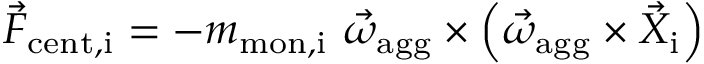
\vec { F } _ { \mathrm { c e n t , i } } = - m _ { \mathrm { m o n , i } } \ \vec { \omega } _ { \mathrm { a g g } } \times \left( \vec { \omega } _ { \mathrm { a g g } } \times \vec { X } _ { \mathrm { i } } \right)